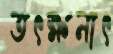
তৎক্ষনাৎ